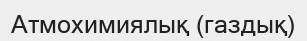
Атмохимиялық (газдық)